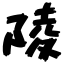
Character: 陵